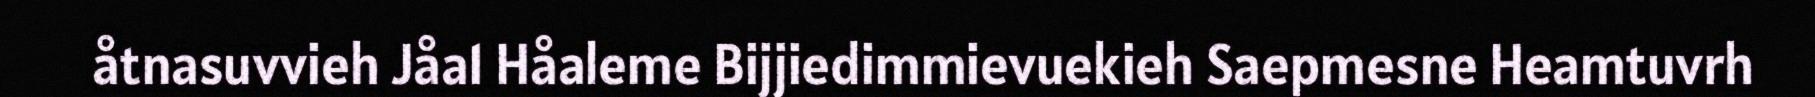
åtnasuvvieh Jåa1 Håaleme Bijjiedimmievuekieh Saepmesne Heamtuvrh